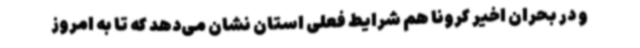
و در بحران اخیر کرونا هم شرایط فعلی استان نشان می‌دهد که تا به امروز